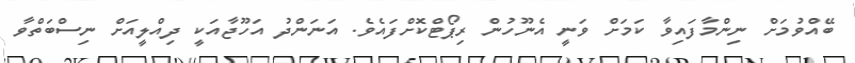
ބޭއްވުމަށް ނިންމާފައިވާ ކަމަށް ވަނީ އެނޫހުން ރިޕޯޓްކޮށްފައެވެ. އަނަންދު އަހޫޖާއަކީ ދިއްލީއަށް ނިސްބަތްވާ